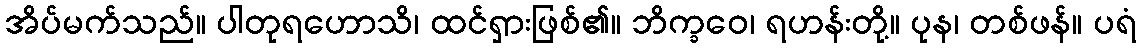
အိပ်မက်သည်။ ပါတုရဟောသိ၊ ထင်ရှားဖြစ်၏။ ဘိက္ခဝေ၊ ရဟန်းတို့။ ပုန၊ တစ်ဖန်။ ပရံ